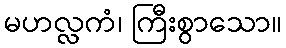
မဟလ္လကံ၊ ကြီးစွာသော။